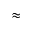
\approx